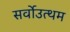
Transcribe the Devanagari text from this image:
सर्वोउत्थम